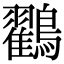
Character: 鸐